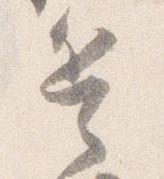
兵